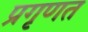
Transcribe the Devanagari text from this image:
प्रगृणत